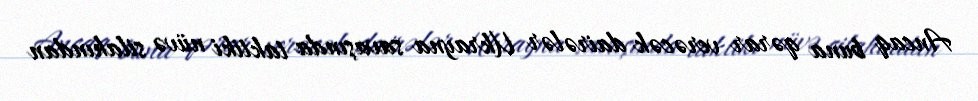
Ancaq buna qərar verəcək dairələr Ukrayna savaşında taktiki nüvə silahından